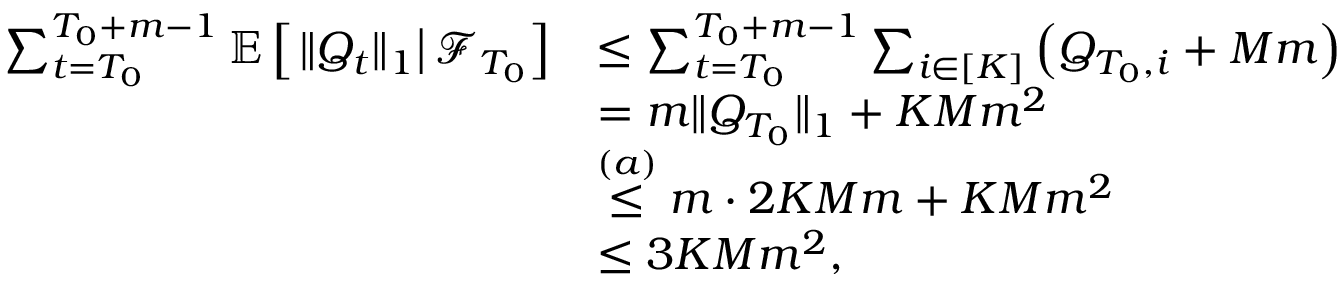
\begin{array} { r l } { \sum _ { t = T _ { 0 } } ^ { T _ { 0 } + m - 1 } \mathbb E \left[ \left. \lVert Q _ { t } \rVert _ { 1 } \right\rvert \mathcal F _ { T _ { 0 } } \right] } & { \le \sum _ { t = T _ { 0 } } ^ { T _ { 0 } + m - 1 } \sum _ { i \in [ K ] } \left( Q _ { T _ { 0 } , i } + M m \right) } \\ & { = m \lVert Q _ { T _ { 0 } } \rVert _ { 1 } + K M m ^ { 2 } } \\ & { \stackrel { ( a ) } \le m \cdot 2 K M m + K M m ^ { 2 } } \\ & { \le 3 K M m ^ { 2 } , } \end{array}